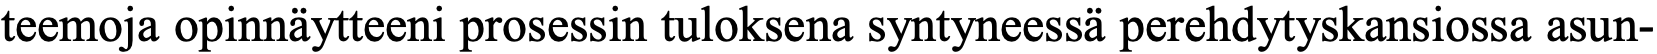
teemoja opinnäytteeni prosessin tuloksena syntyneessä perehdytyskansiossa asun-